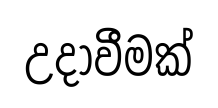
උදාවීමක්